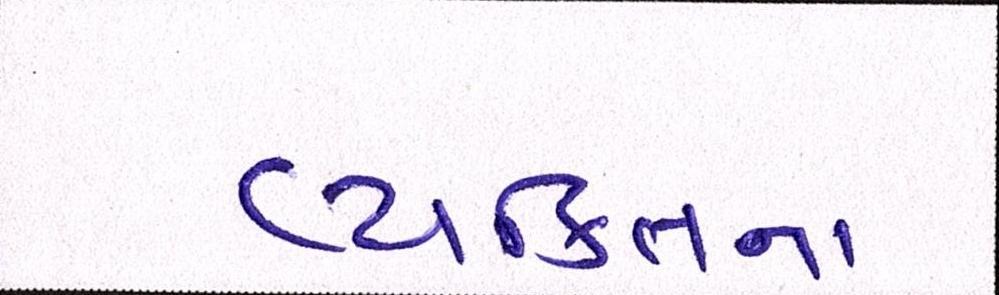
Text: વ્યક્તિના